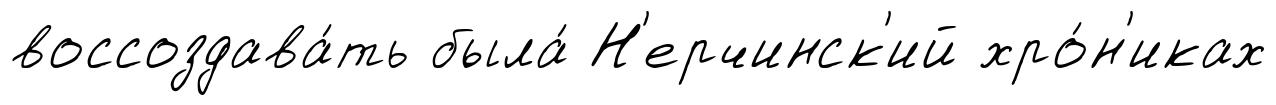
воссоздава́ть была́ Н'ерчинск'ий хро́н'иках